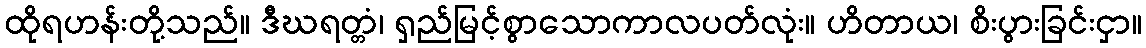
ထိုရဟန်းတို့သည်။ ဒီဃရတ္တံ၊ ရှည်မြင့်စွာသောကာလပတ်လုံး။ ဟိတာယ၊ စိးပွားခြင်းငှာ။